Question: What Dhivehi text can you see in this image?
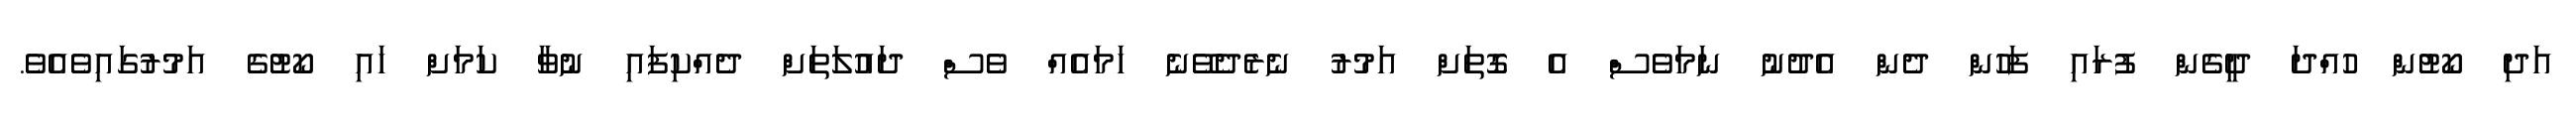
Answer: އަދި ކޯޓުން ހުއްދަ ދީގެން ފުރައި ފަހުން ދެން އެދުނު ނަމަވެސް އެ ގޮތަށް އަމުރު ނެރެދެވޭނެ ހަމައެއް ވެސް ދައުލަތަށް ދެއްކިފައި ނުވާ ކަމަށް ހައި ކޯޓުގެ އަމުރުގައިވެއެވެ.